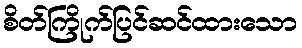
စိတ်ကြိုက်ပြင်ဆင်ထားသော